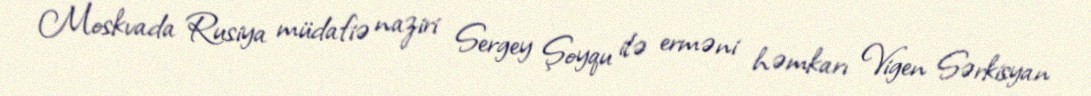
Moskvada Rusiya müdafiə naziri Sergey Şoyqu ilə erməni həmkarı Vigen Sərkisyan